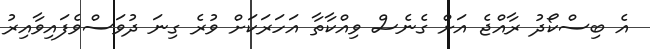
އެ ބިސްކޯދު ރާއްޖެ އަށް ގެނެސް ވިއްކާތާ އަހަރަކަށް ވުރެ ގިނަ ދުވަސްވެފައިވާއިރު